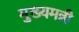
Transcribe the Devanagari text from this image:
मुख्यमत्री